Trukikaitis_Postimees, lk 38
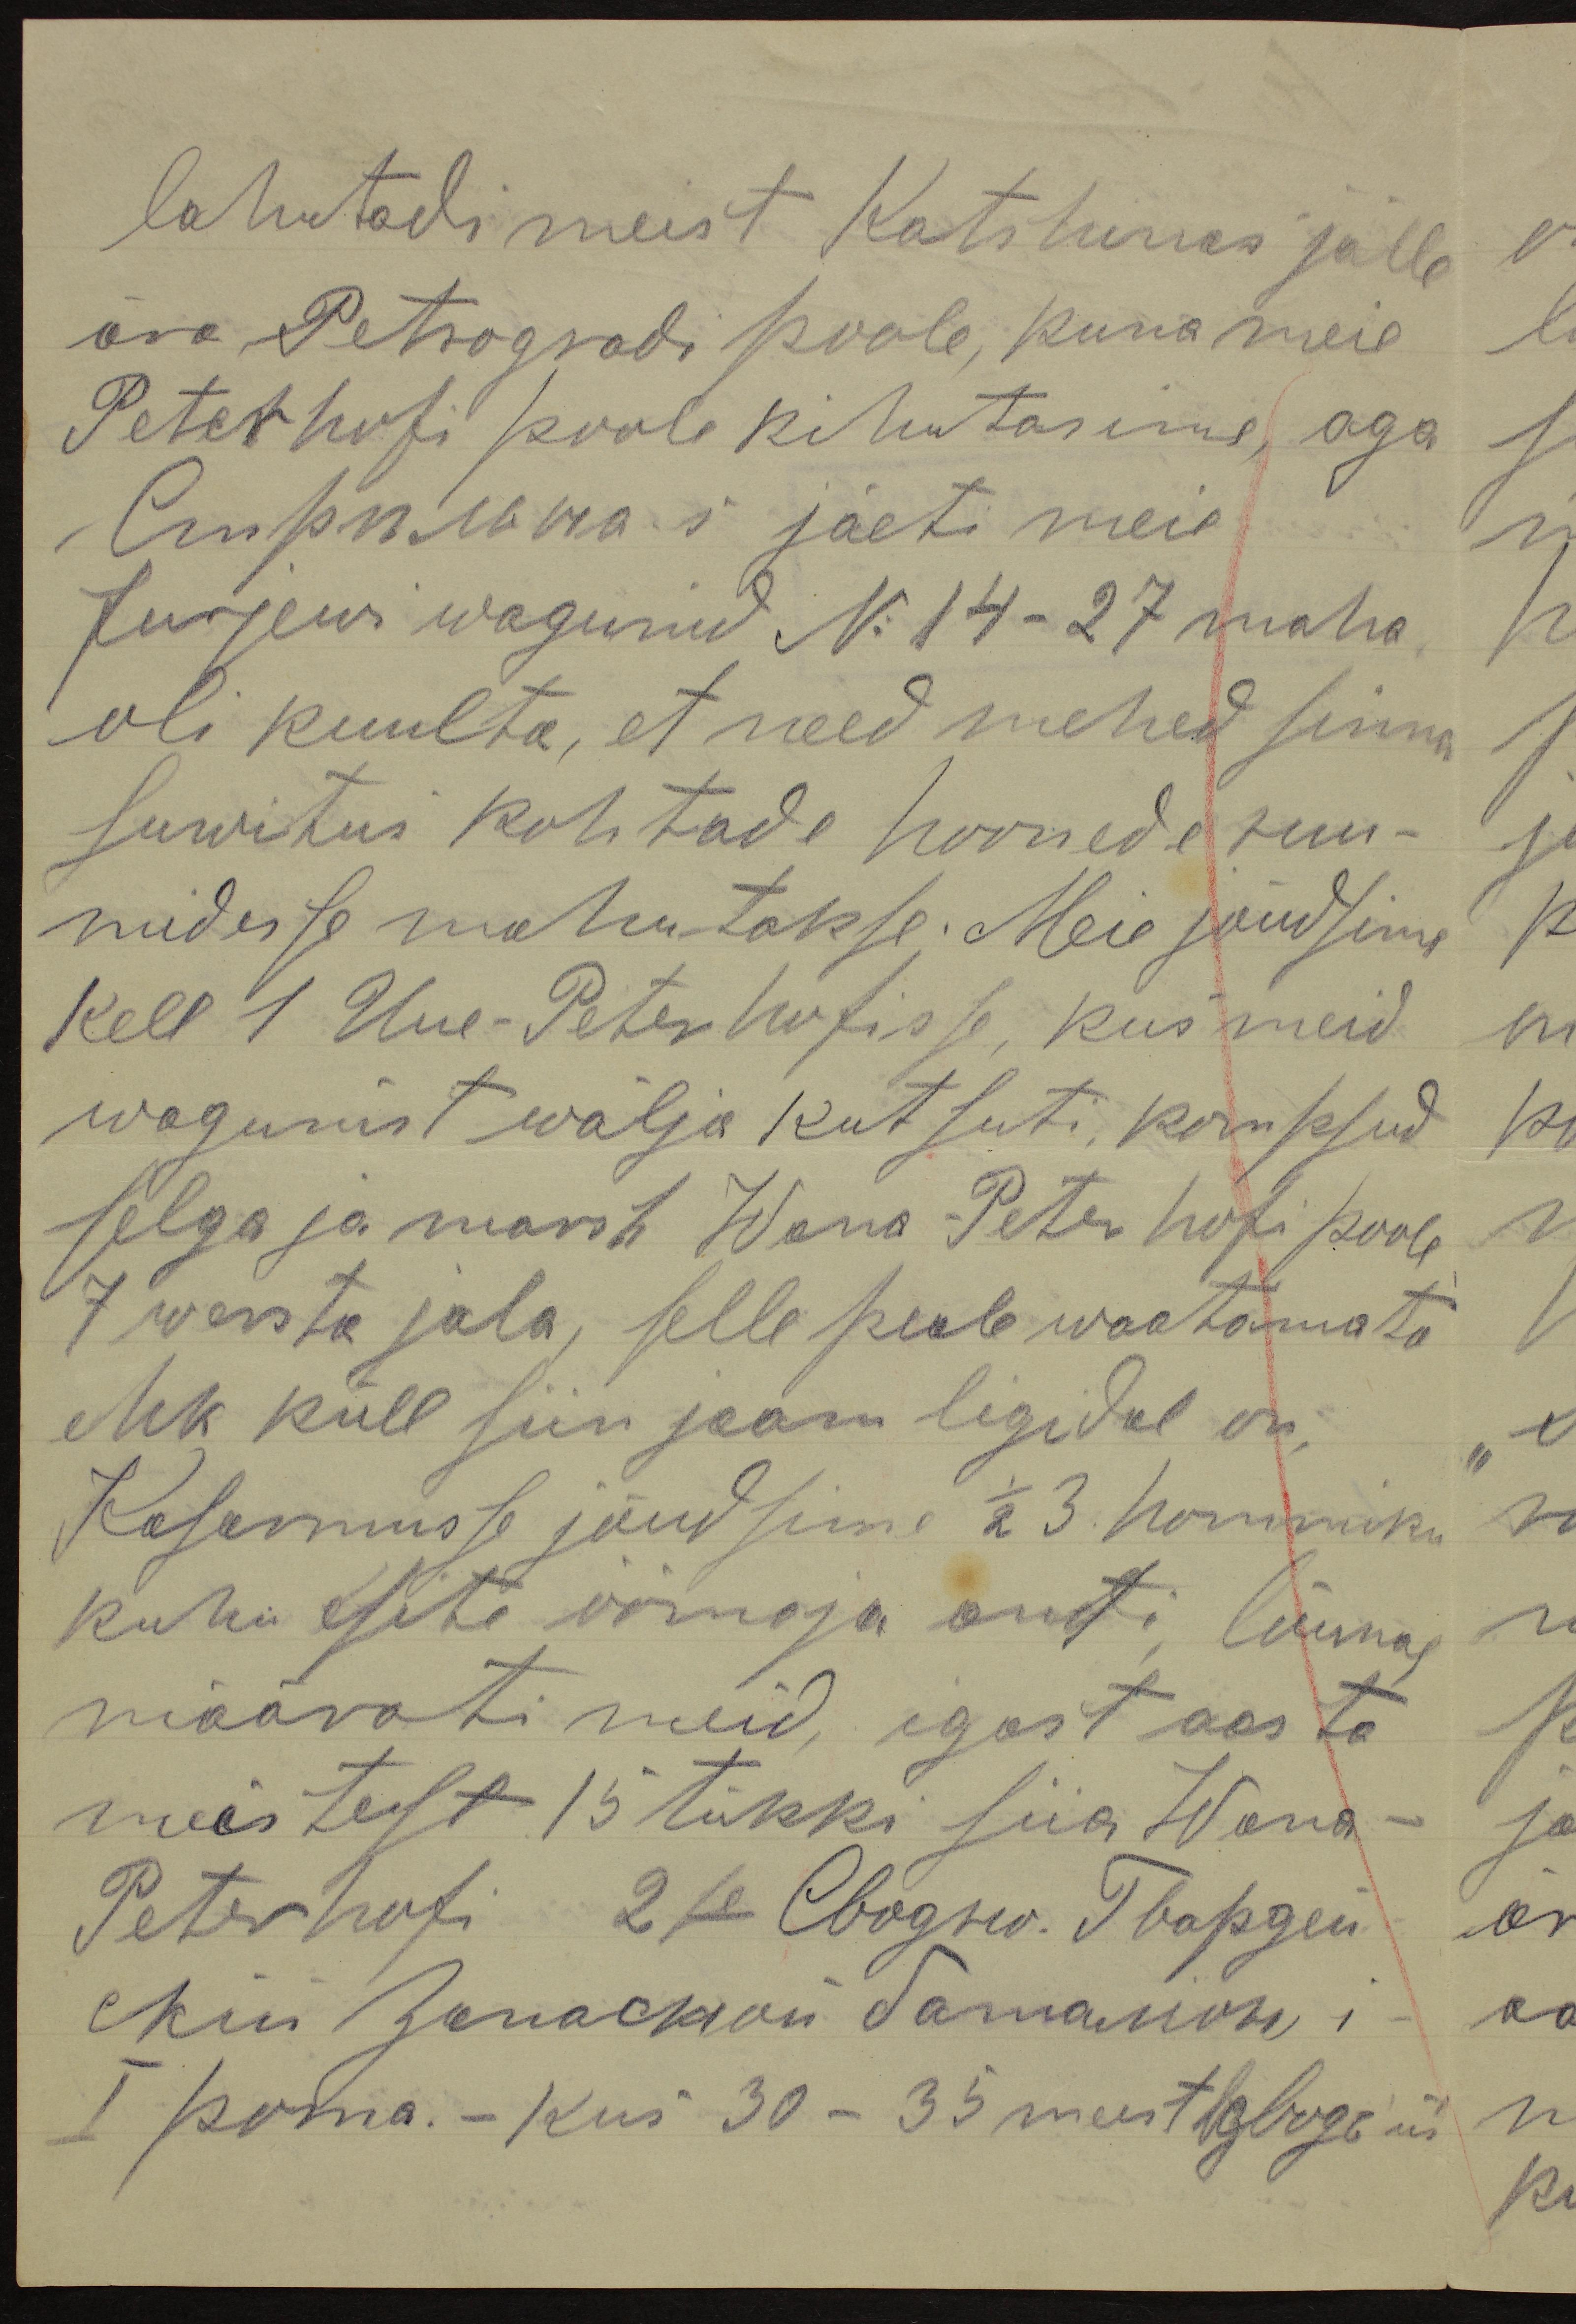
lahutadi meest Katshinas jälle
ära Petrogradi poole, kuna meie
Peter hofi poole kihutasime, aga
Стрейлъ-s jäeti meie
Jurjewi wagunid No 14-27 maha
oli kuulta, et need mehed sinna
suwitus kohtade hoonede ruu-
midesse mahutakse. Meie jõudsime
Kell 1 Uue-Peterhofisse kus meid
wagunist wälja kutsuti kompsud
selga ja marsh Wana-Peterhofi poole
7 wersta jala, selle peale waatamata
ehk küll siin jaam ligidal on.
Kasarmusse jõudsime 1/2 3 hommiku
kuhu esite öömaja anti, lõunal
määrati meid, igast aasta
meistest 15 tükki siia Wana-
Peterhofi 2se Obogsw. Thapgen
Nii Zomackon Samannowi-
I poma.- kus 30 - 35 meest oligi üi